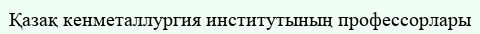
Қазақ кенметаллургия институтының профессорлары